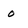
Character: o